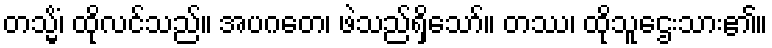
တသ္မိံ၊ ထိုလင်သည်။ အပဂတေ၊ ဖဲသည်ရှိသော်။ တဿ၊ ထိုသူဌေးသား၏။